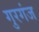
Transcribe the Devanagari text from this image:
गुरगंज